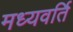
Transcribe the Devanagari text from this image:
मध्यवर्ति